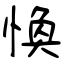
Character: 愌